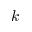
k